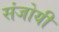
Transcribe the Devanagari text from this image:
संजोयी